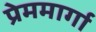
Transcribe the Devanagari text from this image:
प्रेममार्गा